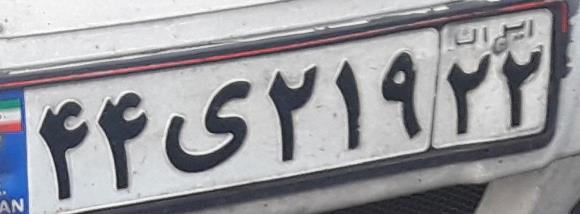
۴۴ی۲۱۹۲۲